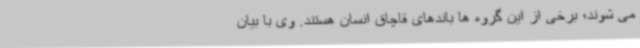
می شوند؛ برخی از این گروه ها باندهای قاچاق انسان هستند. وی با بیان